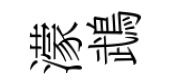
濛鵡